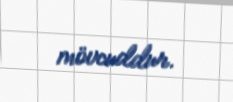
mövcuddur.